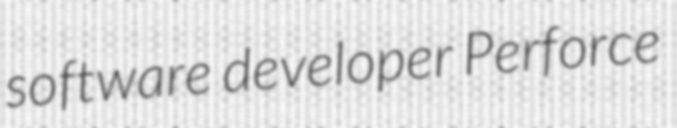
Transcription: software developer Perforce